Civil Veterinary Dept. Bombay admin report 1932-41 - 1932-1941
Year: 1932
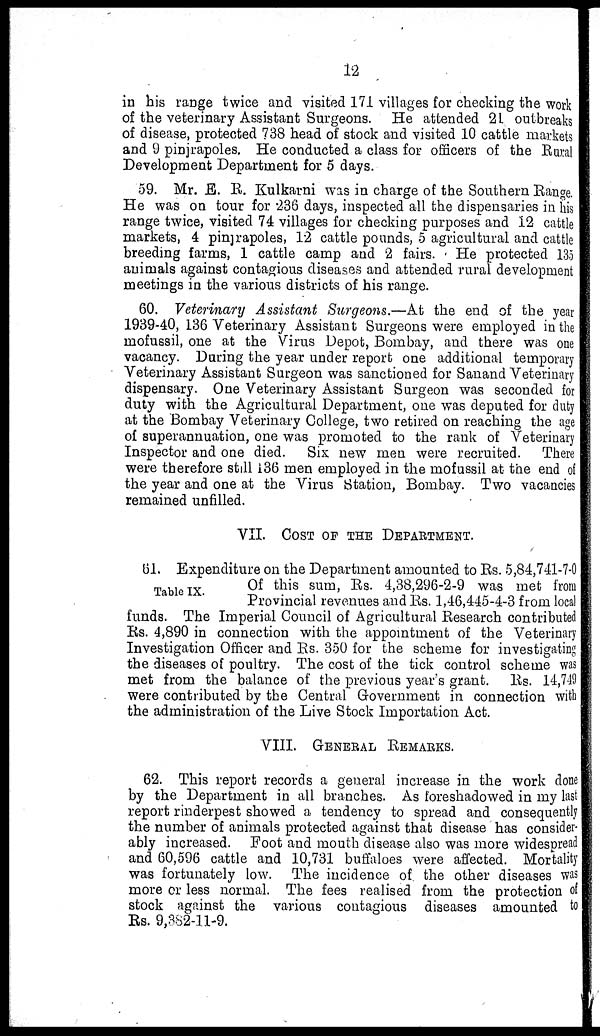
12
in his range twice and visited 171 villages for checking the work
of the veterinary Assistant Surgeons. He attended 21 outbreaks
of disease, protected 738 head of stock and visited 10 cattle markets
and 9 pinjrapoles. He conducted a class for officers of the Rural
Development Department for 5 days.
59. Mr. E. R. Kulkarni was in charge of the Southern Range.
He was on tour for 236 days, inspected all the dispensaries in his
range twice, visited 74 villages for checking purposes and 12 cattle
markets, 4 pinjrapoles, 12 cattle pounds, 5 agricultural and cattle
breeding farms, 1 cattle camp and 2 fairs. He protected 135
animals against contagious diseases and attended rural development
meetings in the various districts of his range.
60. Veterinary Assistant Surgeons.—At the end of the year
1939-40, 136 Veterinary Assistant Surgeons were employed in the
mofussil, one at the Virus Depot, Bombay, and there was one
vacancy. During the year under report one additional temporary
Veterinary Assistant Surgeon was sanctioned for Sanand Veterinary
dispensary. One Veterinary Assistant Surgeon was seconded for
duty with the Agricultural Department, one was deputed for duty
at the Bombay Veterinary College, two retired on reaching the age
of superannuation, one was promoted to the rank of Veterinary
Inspector and one died. Six new men were recruited. There
were therefore still 136 men employed in the mofussil at the end of
the year and one at the Virus Station, Bombay. Two vacancies
remained unfilled.
VII. COST OF THE DEPARTMENT.
Table IX
61. Expenditure on the Department amounted to Rs. 5,84,741-7-0
Of
this
sum,
Rs.
4,38,296-2-9 was met from
Provincial revenues and Rs. 1,46,445-4-3 from local
funds. The Imperial Council of Agricultural Research contributed
Rs. 4,890 in connection with the appointment of the Veterinary
Investigation Officer and Rs. 350 for the scheme for investigating
the diseases of poultry. The cost of the tick control scheme was
met from the balance of the previous year's grant. Rs. 14,749
were contributed by the Central Government in connection with
the administration of the Live Stock Importation Act.
VIII. GENERAL REMARKS.
62. This report records a general increase in the work done
by the Department in all branches. As foreshadowed in my last
report rinderpest showed a tendency to spread and consequently
the number of animals protected against that disease has consider-
ably increased. Foot and mouth disease also was more widespread
and 60,596 cattle and 10,731 buffaloes were affected. Mortality
was fortunately low. The incidence of the other diseases was
more or less normal. The fees realised from the protection of
stock against the various contagious diseases amounted to
Rs. 9,382-11-9.